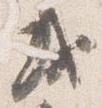
或